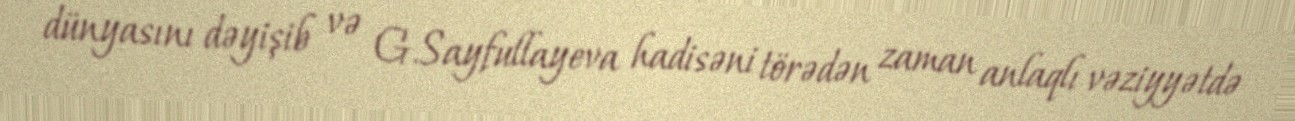
dünyasını dəyişib və G.Sayfullayeva hadisəni törədən zaman anlaqlı vəziyyətdə